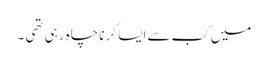
میں کب سے ایسا کرنا چاہ رہی تھی ۔